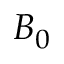
B _ { 0 }